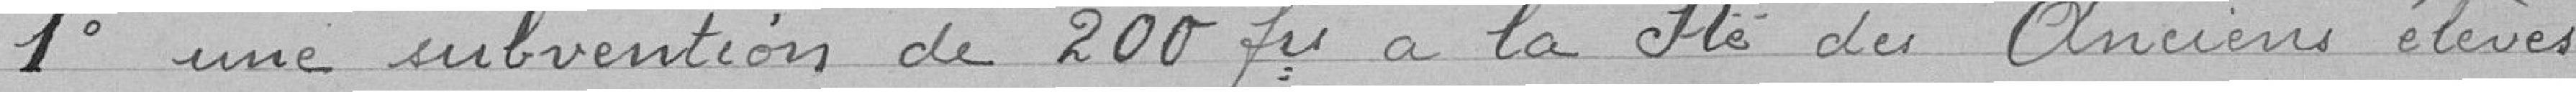
1° une subvention de 200 frs à la Sté des Anciens élèves